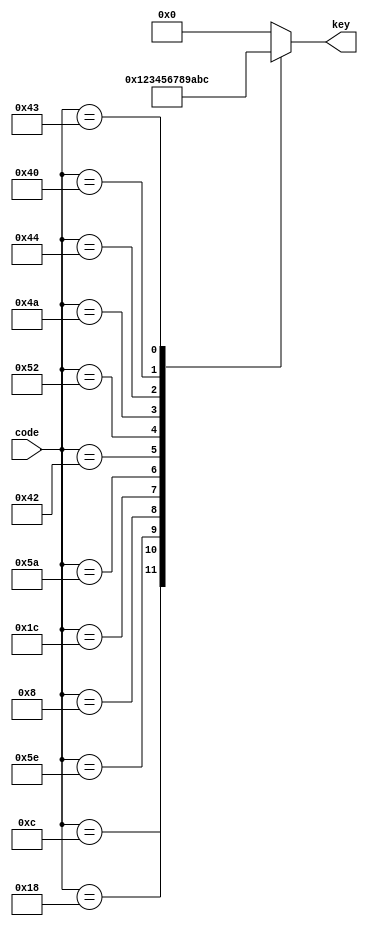
module IRDecode(
	input wire [7:0] code,
	output reg [3:0] key
);

always @ (code)
begin
	case(code)
	8'h16:key = 0;
	8'h0C:key = 1;
	8'h18:key = 2;
	8'h5E:key = 3;
	8'h08:key = 4;
	8'h1C:key = 5;
	8'h5A:key = 6;
	8'h42:key = 7;
	8'h52:key = 8;
	8'h4A:key = 9;
	8'h44:key = 10; //Clear
	8'h40:key = 11; //OK
	8'h43:key = 12; //Set
	default:key = 0;
	endcase
end

endmodule